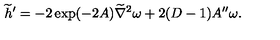
{ \widetilde h } ^ { \prime } = - 2 \exp ( - 2 A ) { \widetilde \nabla } ^ { 2 } \omega + 2 ( D - 1 ) A ^ { \prime \prime } \omega .